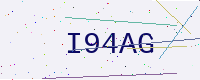
Text: I94AG